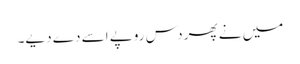
میں نے پھر دس روپے اسے دے دیے۔